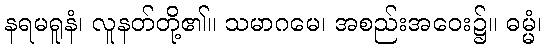
နရမရူနံ၊ လူနတ်တို့၏။ သမာဂမေ၊ အစည်းအဝေး၌။ ဓမ္မံ၊